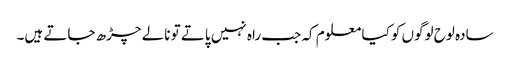
سادہ لوح لوگوں کو کیا معلوم کہ جب راہ نہیں پاتے تو نالے چڑھ جاتے ہیں۔